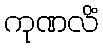
ကုဏလိံ